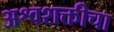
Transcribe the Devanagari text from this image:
अश्वशक्तीचा